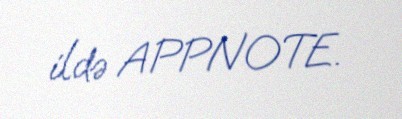
ildə APPNOTE.